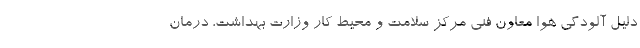
دلیل آلودگی هوا معاون فنی مرکز سلامت و محیط کار وزارت بهداشت، درمان